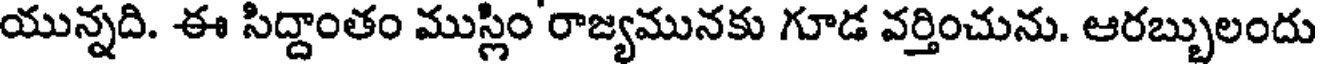
యున్నది. ఈ సిద్దాంతం ముస్లిం రాజ్యమునకు గూడ వర్తించును. ఆరబ్బులందు